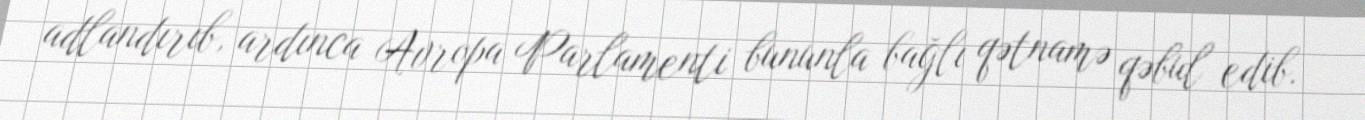
adlandırıb, ardınca Avropa Parlamenti bununla bağlı qətnamə qəbul edib.